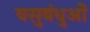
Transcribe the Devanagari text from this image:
वसुबंधुओं